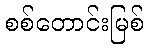
စစ်တောင်းမြစ်